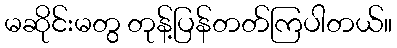
မဆိုင်းမတွ တုန့်ပြန်တတ်ကြပါတယ်။